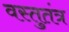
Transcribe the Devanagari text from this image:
वस्तुतंत्र